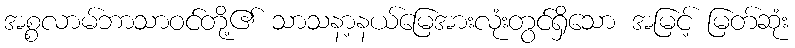
အစ္စလာမ်ဘာသာဝင်တို့၏ သာသနာ့နယ်မြေအားလုံးတွင်ရှိသော အမြင့် မြတ်ဆုံး